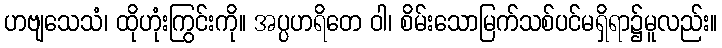
ဟဗျသေသံ၊ ထိုဟုံးကြွင်းကို။ အပ္ပဟရိတေ ဝါ၊ စိမ်းသောမြက်သစ်ပင်မရှိရာ၌မူလည်း။